Annual statistical returns and brief notes on vaccination in Bengal - 1887-1898
Year: 1887
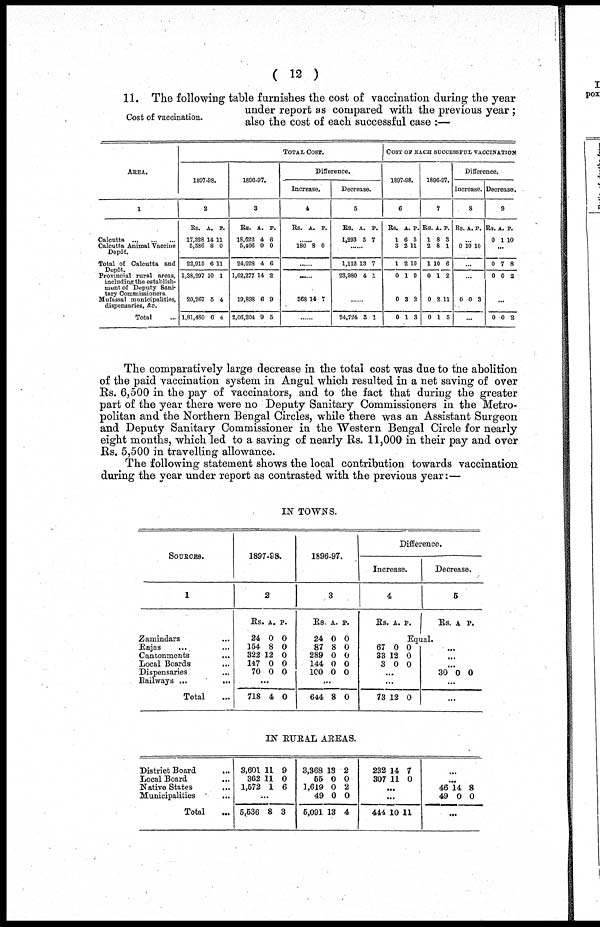
( 12 )
Cost of vaccination.
11. The following table furnishes the cost of vaccination during the year
under report as compared with the previous year ;
also the cost of each successful case :—
AREA.
1
Calcutta
...
...
...
Calcutta Animal Vaccine
Depôt.
Total of Calcutta and
Depôt.
Provincial rural areas,
including the establish-
ment of Deputy Sani-
tary Commissioners.
Mufassal municipalities,
dispensaries. &c.
Total ...
TOTAL COST.
1897-98.
2
Rs.
17,328
5,586
22,915
1,38,297
20,267
1,81,480
A.
14
8
6
10
5
6
P.
11
0
11
1
4
4
1896-97.
3
Rs.
18,622
5,406
24,028
1,62,277
19,898
2,06,204
A.
4
0
4
14
6
9
P.
6
0
6
2
9
5
Difference.
Increase.
4
Rs. A. P.
......
180 8 0
......
......
868 14 7
Decrease.
5
Rs.
1,293
A.
5
P.
7
......
1,112
23,980
13
4
7
1
......
24,724 3 1
COST OF EACH SUCCESSFUL VACCINATION
1897-98.
6
Rs.
1
3
1
0
0
0
A
6
2
2
1
3
1
. P.
5
11
10
0
2
3
1896-97.
7
Rs.
1
2
1
0
0
0
A.
8
8
10
1
2
1
P.
3
1
6
2
11
5
Difference.
Increase.
8
Rs. A P.
...
0 10 10
...
...
0 0 3
...
Decrease.
9
Rs.
0
A.
1
P.
10
...
0
0
7
0
8
2
...
0 0 2
The comparatively large decrease in the total cost was due to the abolition
of the paid vaccination system in Angul which resulted in a net saving of over
Rs. 6,500 in the pay of vaccinators, and to the fact that during the greater
part of the year there were no Deputy Sanitary Commissioners in the Metro-
politan and the Northern Bengal Circles, while there was an Assistant Surgeon
and Deputy Sanitary Commissioner in the Western Bengal Circle for nearly
eight months, which led to a saving of nearly Rs. 11,000 in their pay and over
Rs. 5,500 in travelling allowance.
The following statement shows the local contribution towards vaccination
during the year under report as contrasted with the previous year:—
IN TOWNS.
SOURCES.
1
Zamindars ...
Rajas ...
Cantonments
...
Local Boards
...
Dispensaries ...
Railways ...
...
Total ...
1897-98.
2
Rs.
24
154
322
147
70
A.
0
8
12
0
0
P.
0
0
0
0
0
...
718 4 0
1896-97.
3
Rs.
24
87
289
144
100
A.
0
8
0
0
0
P.
0
0
0
0
0
...
644 8 0
Difference.
Increase.
4
Rs. A. P.
Decrease.
5
Rs . A P.
Equal.
67
33
3
0
12
0
0
0
0
...
...
73 12 0
...
...
...
30 0 0
...
...
IN RURAL AREAS.
District Board
...
Local Board
...
Native States
...
Municipalities
...
Total ...
3,601
362
1,572
11
11
1
9
0
6
...
5,536 8 3
3,368
55
1,619
49
5,091
18
0
0
0
13
2
0
2
0
4
232
307
14
11
7
0
...
...
444 10 11
...
...
46
49
14
0
8
0
...